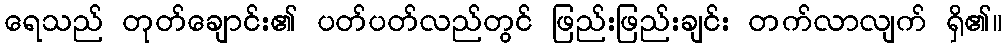
ရေသည် တုတ်ချောင်း၏ ပတ်ပတ်လည်တွင် ဖြည်းဖြည်းချင်း တက်လာလျက် ရှိ၏။